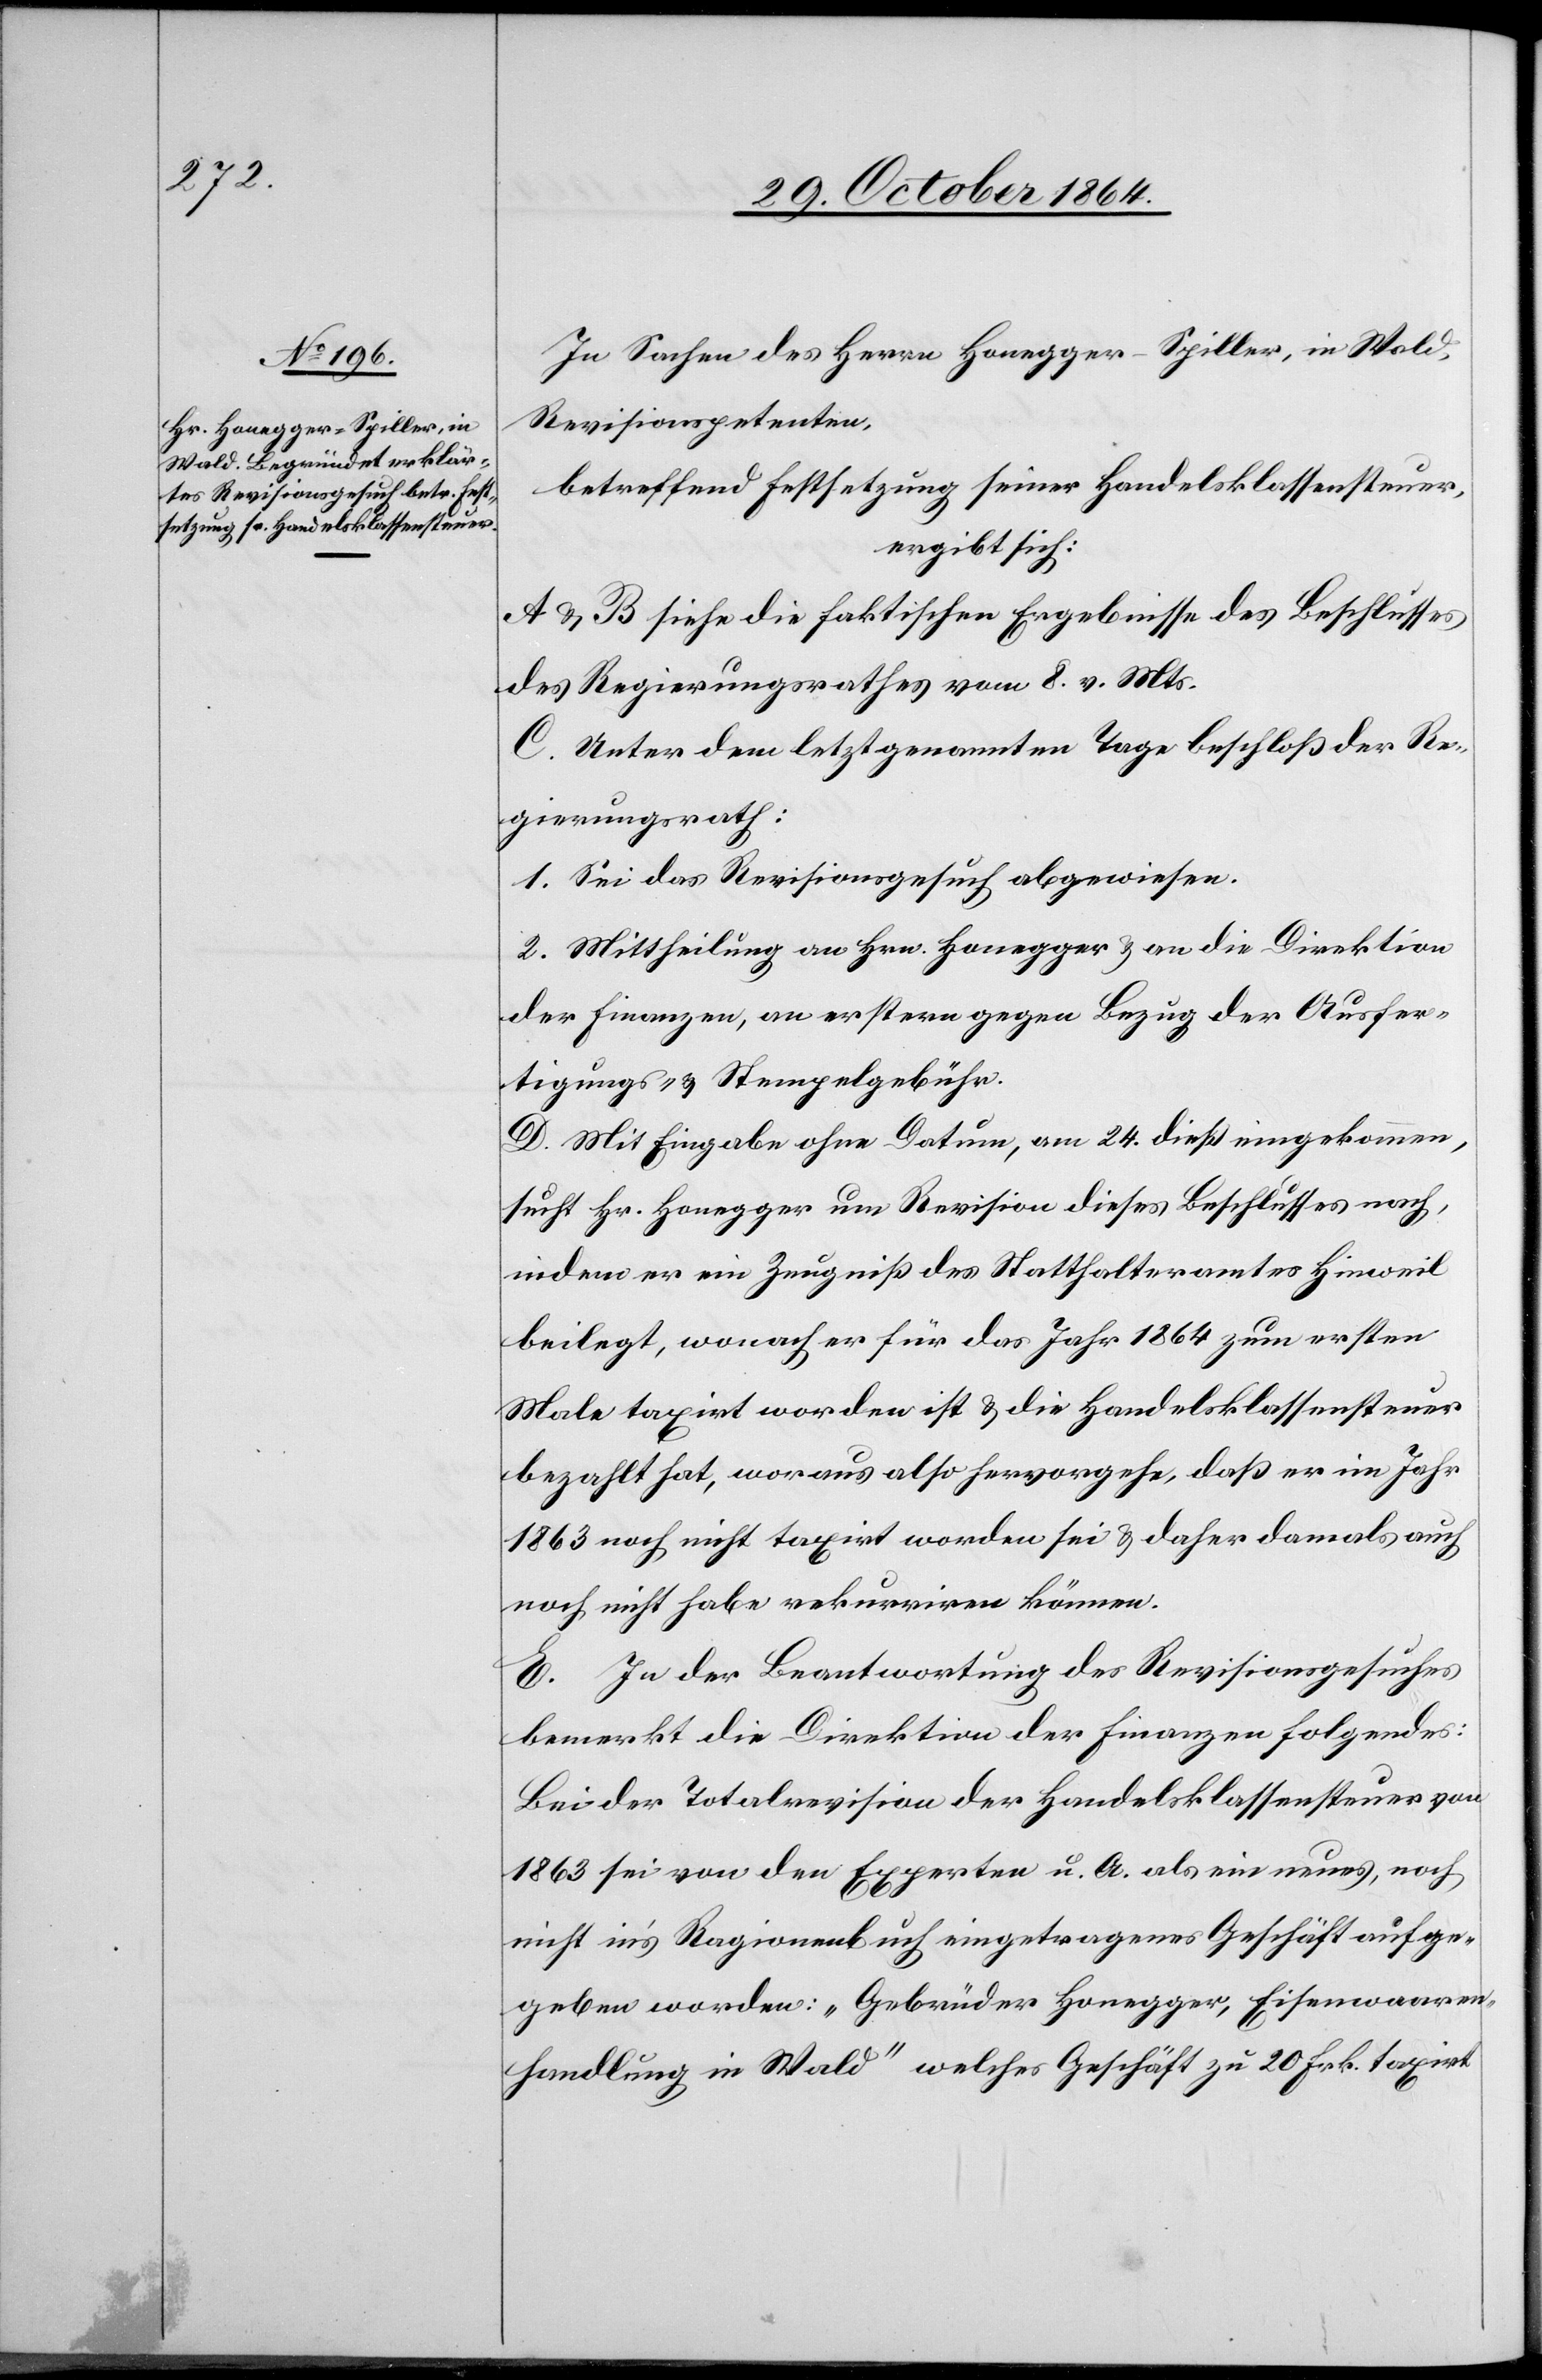
In Sachen des Herrn Honegger-Spiller, in Wald,
Revisionspetenten,
betreffend Festsetzung seiner Handelsklassensteuer,
ergibt sich:
A. & B. siehe die faktischen Ergebnisse des Beschlusses
des Regierungsrathes vom 8. v. Mts.
C. Unter dem letztgenannten Tage beschloß der Re¬
gierungsrath:
1. Sei das Revisionsgesuch abgewiesen.
2. Mittheilung an Hrn. Honegger & an die Direktion
der Finanzen, an erstere gegen Bezug der Ausfer¬
tigungs- & Stempelgebühr.
D. Mit Eingabe ohne Datum, am 24. dieß eingekommen,
sucht Hr. Honegger um Revision dieses Beschlusses nach,
indem er ein Zeugniß des Statthalteramtes Hinweil
beilegt, wodurch er für das Jahr 1864 zum ersten
Male taxirt worden ist & die Handelsklassensteuer
bezahlt hat, woraus also hervorgehe, daß er im Jahr
1863 noch nicht taxirt worden sei & daher damals auch
noch nicht habe rekurriren können.
E. In der Beantwortung des Revisionsgesuches
bemerkt die Direktion der Finanzen Folgendes:
1863 sei von den Experten u. A. als ein neues, noch
nicht in’s Ragionenbuch eingetragenes Geschäft aufge¬
geben worden: „Gebrüder Honegger, Eisenwaaren¬
handlung in Wald“ welches Geschäft zu 20 Frk. taxirt